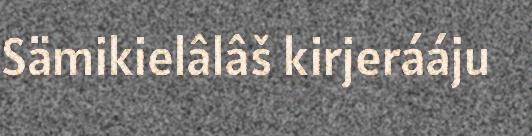
Sämikielâlâš kirjerááju